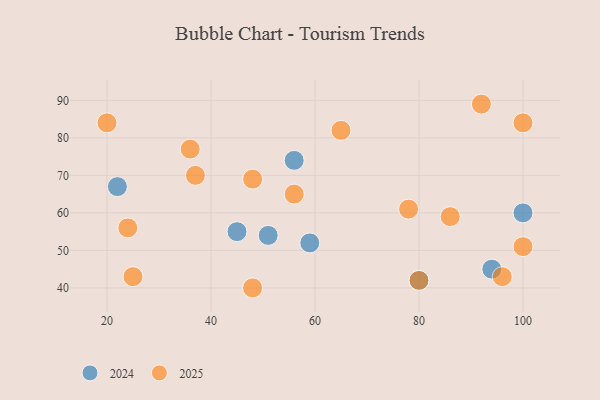
{"axis": {"x": "GDP", "y": "Life Expectancy"}, "legend": ["2024", "2025"], "data": [{"x": "94", "y": 45, "type": "2024"}, {"x": "59", "y": 52, "type": "2024"}, {"x": "80", "y": 42, "type": "2024"}, {"x": "22", "y": 67, "type": "2024"}, {"x": "100", "y": 60, "type": "2024"}, {"x": "56", "y": 74, "type": "2024"}, {"x": "45", "y": 55, "type": "2024"}, {"x": "51", "y": 54, "type": "2024"}, {"x": "37", "y": 70, "type": "2025"}, {"x": "48", "y": 69, "type": "2025"}, {"x": "65", "y": 82, "type": "2025"}, {"x": "96", "y": 43, "type": "2025"}, {"x": "78", "y": 61, "type": "2025"}, {"x": "48", "y": 40, "type": "2025"}, {"x": "100", "y": 51, "type": "2025"}, {"x": "92", "y": 89, "type": "2025"}, {"x": "86", "y": 59, "type": "2025"}, {"x": "25", "y": 43, "type": "2025"}, {"x": "80", "y": 42, "type": "2025"}, {"x": "20", "y": 84, "type": "2025"}, {"x": "100", "y": 84, "type": "2025"}, {"x": "56", "y": 65, "type": "2025"}, {"x": "24", "y": 56, "type": "2025"}, {"x": "36", "y": 77, "type": "2025"}]}